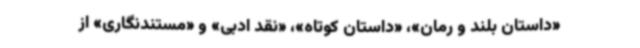
«داستان بلند و رمان»، «داستان کوتاه»، «نقد ادبی» و «مستندنگاری» از